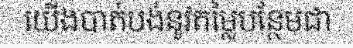
យើងបាត់បង់នូវតម្លៃបន្ថែមជា